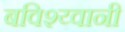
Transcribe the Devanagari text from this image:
बविश्य्वानी